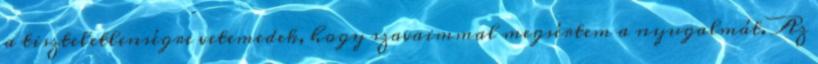
a tiszteletlenségre vetemedek, hogy szavaimmal megsértem a nyugalmát. Az